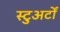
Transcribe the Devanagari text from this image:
स्टुअर्टों